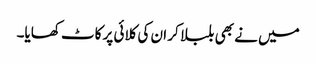
میں نے بھی بلبلا کر ان کی کلائی پر کاٹ کھایا۔